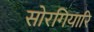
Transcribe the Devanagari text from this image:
सोरगियारि